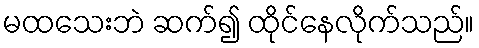
မထသေးဘဲ ဆက်၍ ထိုင်နေလိုက်သည်။